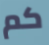
كم